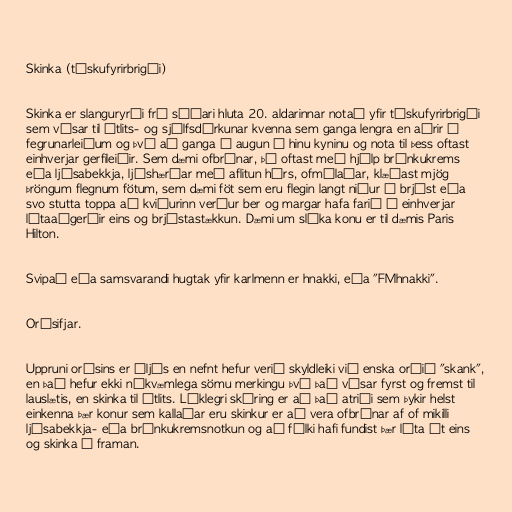
Skinka (tískufyrirbrigði)

Skinka er slanguryrði frá síðari hluta 20. aldarinnar notað yfir tískufyrirbrigði
sem vísar til útlits- og sjálfsdýrkunar kvenna sem ganga lengra en aðrir í
fegrunarleiðum og því að ganga í augun á hinu kyninu og nota til þess oftast
einhverjar gerfileiðir. Sem dæmi ofbrúnar, þá oftast með hjálp brúnkukrems
eða ljósabekkja, ljóshærðar með aflitun hárs, ofmálaðar, klæðast mjög
þröngum flegnum fötum, sem dæmi föt sem eru flegin langt niður á brjóst eða
svo stutta toppa að kviðurinn verður ber og margar hafa farið í einhverjar
lítaaðgerðir eins og brjóstastækkun. Dæmi um slíka konu er til dæmis Paris
Hilton.

Svipað eða samsvarandi hugtak yfir karlmenn er hnakki, eða "FMhnakki".

Orðsifjar.

Uppruni orðsins er óljós en nefnt hefur verið skyldleiki við enska orðið "skank",
en það hefur ekki nákvæmlega sömu merkingu því það vísar fyrst og fremst til
lauslætis, en skinka til útlits. Líklegri skýring er að það atriði sem þykir helst
einkenna þær konur sem kallaðar eru skinkur er að vera ofbrúnar af of mikilli
ljósabekkja- eða brúnkukremsnotkun og að fólki hafi fundist þær líta út eins
og skinka í framan.